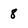
Character: 8